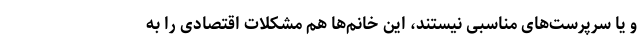
و یا سرپرست‌های مناسبی نیستند، این خانم‌ها هم مشکلات اقتصادی را به